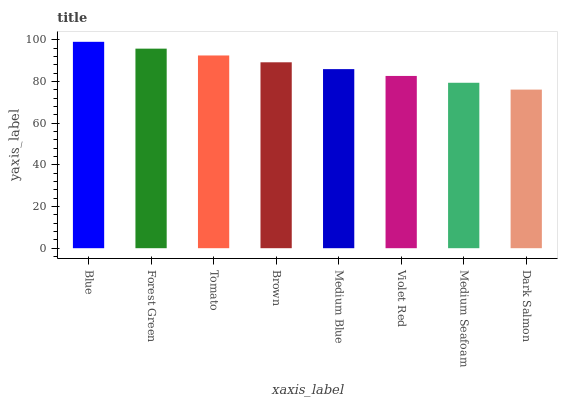
| xaxis_label | bars |
 | --- | --- |
 | Blue | 99 |
 | Forest Green | 95.7 |
 | Tomato | 92.5 |
 | Brown | 89.2 |
 | Medium Blue | 85.9 |
 | Violet Red | 82.6 |
 | Medium Seafoam | 79.4 |
 | Dark Salmon | 76.1 |